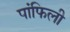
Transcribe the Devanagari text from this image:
पांफिली